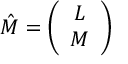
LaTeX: \hat { M } = \left( \begin{array} { c } { { L } } \\ { { M } } \end{array} \right)